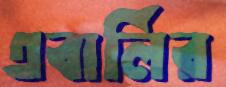
এবার্লির